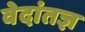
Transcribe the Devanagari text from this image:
वेदांतज्ञ